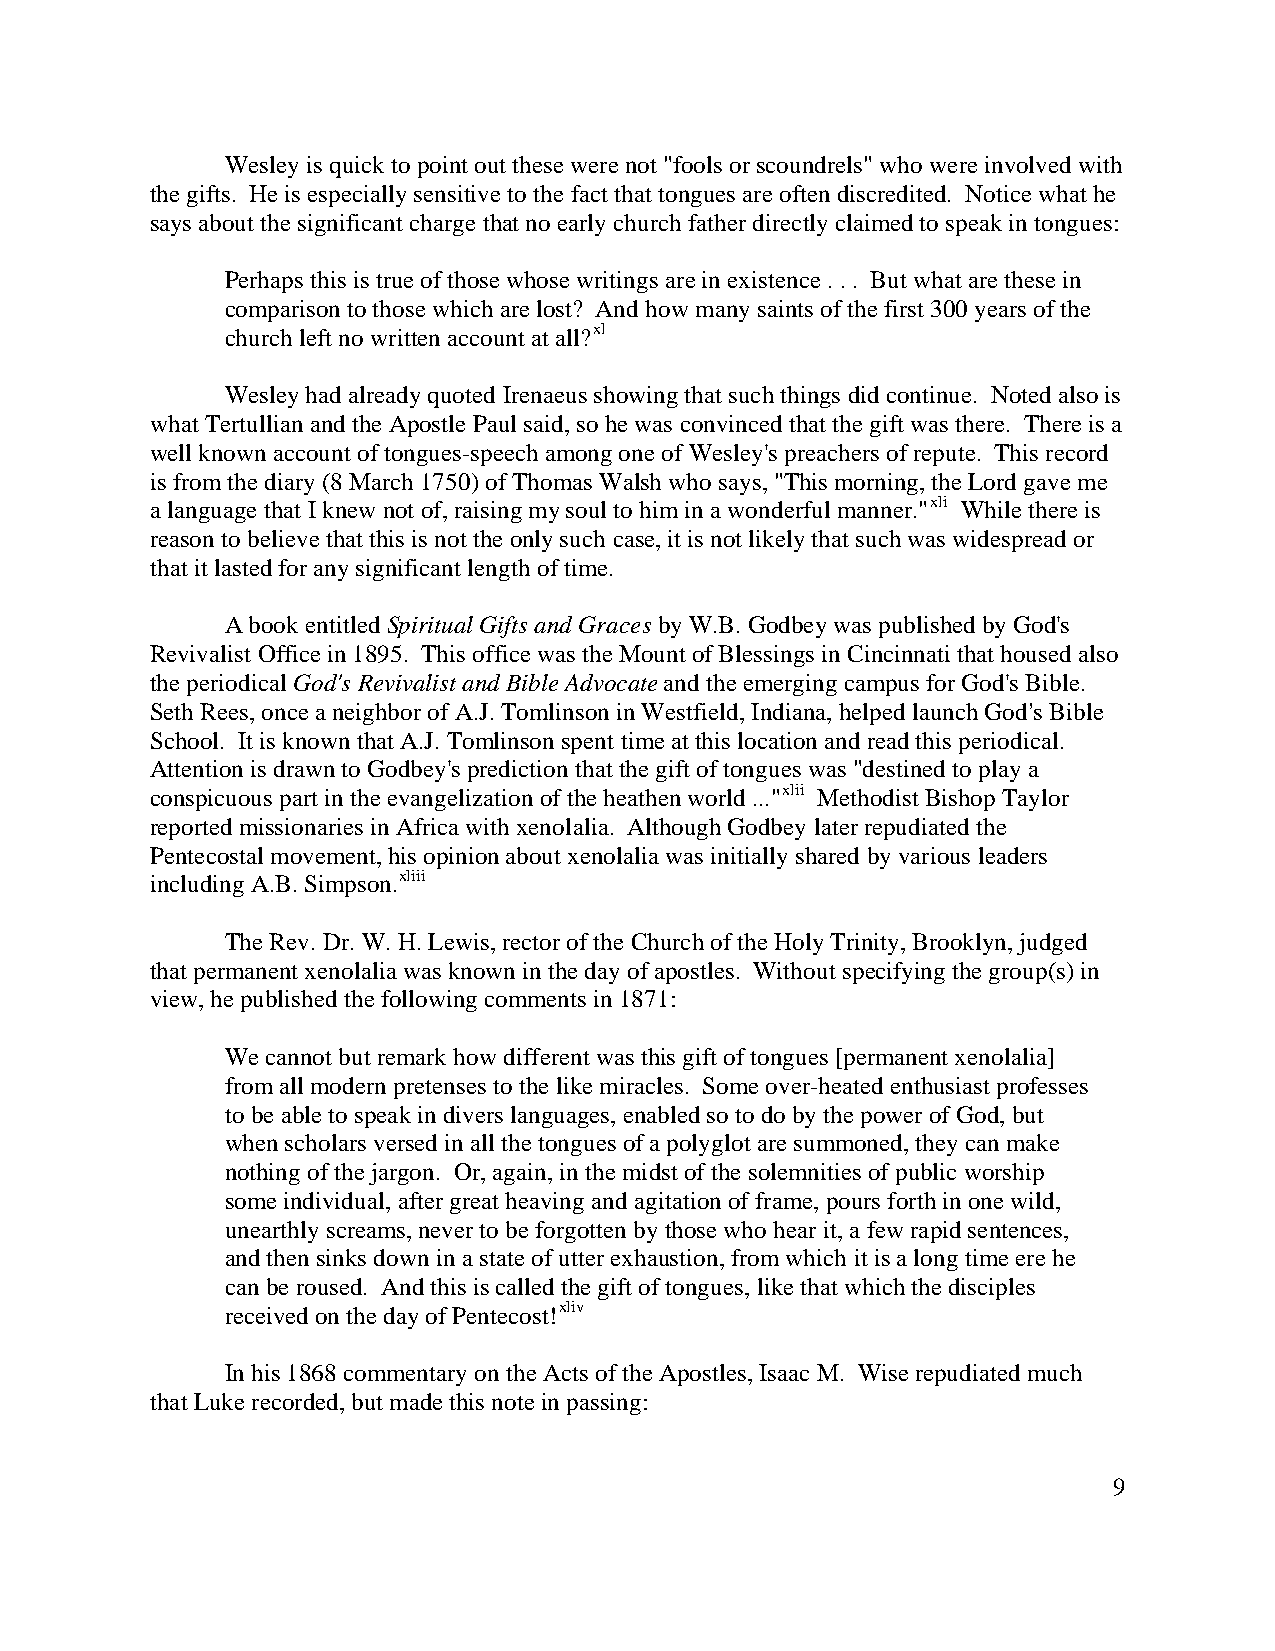
Wesley is quick to point out these were not "fools or scoundrels" who were involved with
 the gifts. He is especially sensitive to the fact that tongues are often discredited. Notice what he
 says about the significant charge that no early church father directly claimed to speak in tongues:
 Perhaps this is true of those whose writings are in existence . . . But what are these in
 comparison to those which are lost? And how many saints of the first 300 years of the
 church left no written account at all?xl
 Wesley had already quoted Irenaeus showing that such things did continue. Noted also is
 what Tertullian and the Apostle Paul said, so he was convinced that the gift was there. There is a
 well known account of tongues-speech among one of Wesley's preachers of repute. This record
 is from the diary (8 March 1750) of Thomas Walsh who says, "This morning, the Lord gave me
 a language that I knew not of, raising my soul to him in a wonderful manner."xli While there is
 reason to believe that this is not the only such case, it is not likely that such was widespread or
 that it lasted for any significant length of time.
 A book entitled Spiritual Gifts and Graces by W.B. Godbey was published by God's
 Revivalist Office in 1895. This office was the Mount of Blessings in Cincinnati that housed also
 the periodical God's Revivalist and Bible Advocate and the emerging campus for God's Bible.
 Seth Rees, once a neighbor of A.J. Tomlinson in Westfield, Indiana, helped launch God=s Bible
 School. It is known that A.J. Tomlinson spent time at this location and read this periodical.
 Attention is drawn to Godbey's prediction that the gift of tongues was "destined to play a
 conspicuous part in the evangelization of the heathen world ..."xlii Methodist Bishop Taylor
 reported missionaries in Africa with xenolalia. Although Godbey later repudiated the
 Pentecostal movement, his opinion about xenolalia was initially shared by various leaders
 including A.B. Simpson.xliii
 The Rev. Dr. W. H. Lewis, rector of the Church of the Holy Trinity, Brooklyn, judged
 that permanent xenolalia was known in the day of apostles. Without specifying the group(s) in
 view, he published the following comments in 1871:
 We cannot but remark how different was this gift of tongues [permanent xenolalia]
 from all modern pretenses to the like miracles. Some over-heated enthusiast professes
 to be able to speak in divers languages, enabled so to do by the power of God, but
 when scholars versed in all the tongues of a polyglot are summoned, they can make
 nothing of the jargon. Or, again, in the midst of the solemnities of public worship
 some individual, after great heaving and agitation of frame, pours forth in one wild,
 unearthly screams, never to be forgotten by those who hear it, a few rapid sentences,
 and then sinks down in a state of utter exhaustion, from which it is a long time ere he
 can be roused. And this is called the gift of tongues, like that which the disciples
 received on the day of Pentecost!xliv
 In his 1868 commentary on the Acts of the Apostles, Isaac M. Wise repudiated much
 that Luke recorded, but made this note in passing:
 9